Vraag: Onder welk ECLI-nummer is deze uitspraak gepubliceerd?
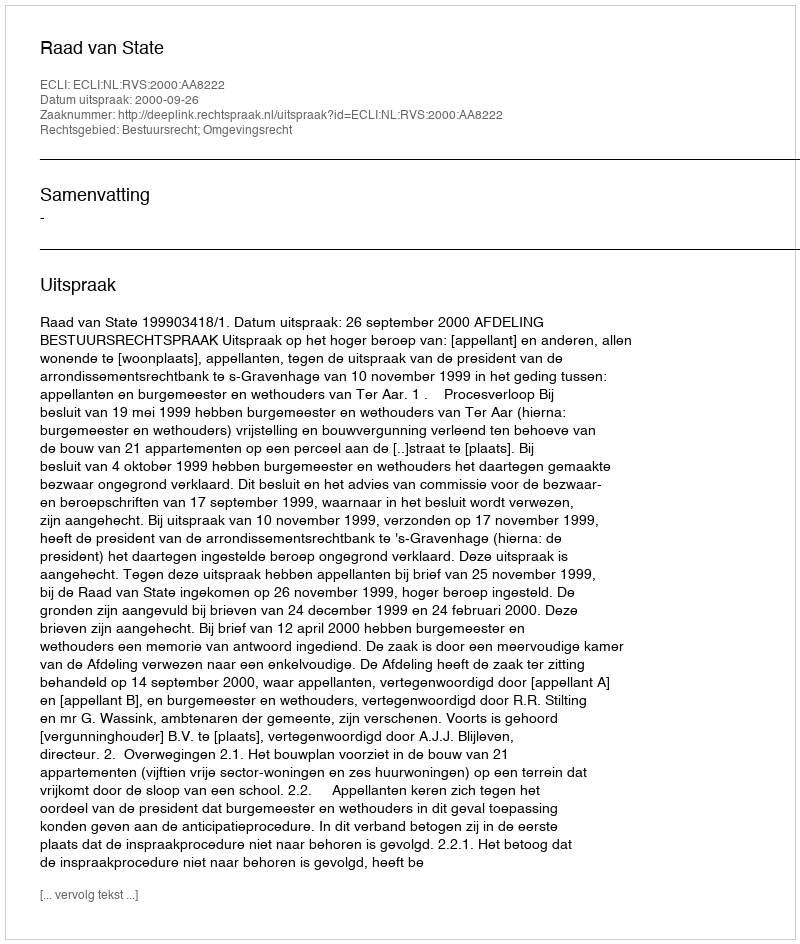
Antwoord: ECLI:NL:RVS:2000:AA8222